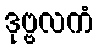
ဒုဗ္ဗလကံ